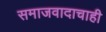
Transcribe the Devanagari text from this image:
समाजवादाचाही